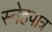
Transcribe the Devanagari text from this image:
स्नेहपात्र